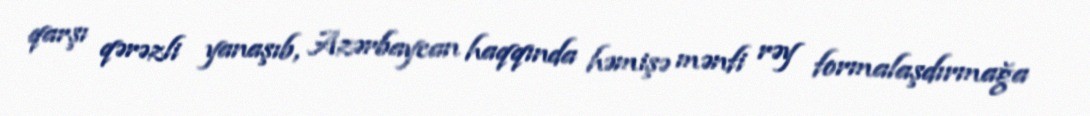
qarşı qərəzli yanaşıb, Azərbaycan haqqında həmişə mənfi rəy formalaşdırmağa